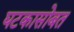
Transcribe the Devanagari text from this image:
घटकासोबत